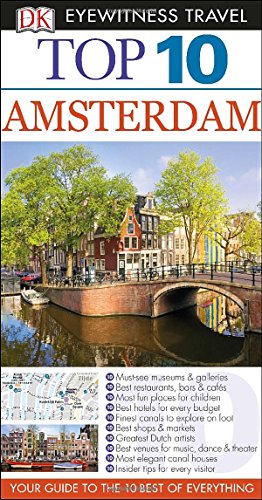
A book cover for Top 10 Amsterdam (Eyewitness Top 10 Travel Guide); DK Publishing; Travel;